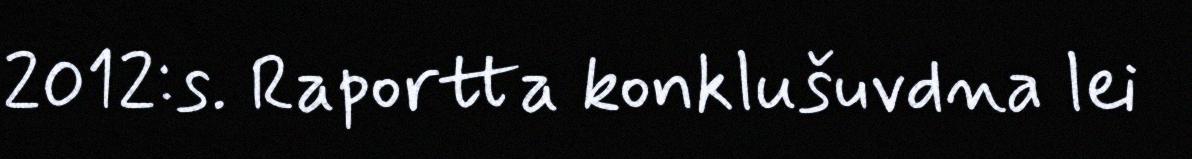
2012:s. Raportta konklušuvdna lei